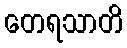
တေရသာတိ